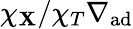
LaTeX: \chi_{\mathbf{X}}/\chi_{T}\nabla_{\mathrm{{ad}}}